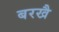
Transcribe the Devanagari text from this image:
बरखै